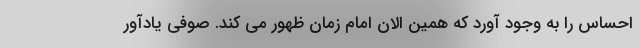
احساس را به وجود آورد که همین الان امام زمان ظهور می کند. صوفی یادآور